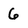
Character: 6